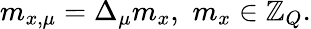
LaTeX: m_{x,\mu}=\Delta_{\mu}m_{x},\, \, m_{x}\in\mathbb{Z}_{Q}.